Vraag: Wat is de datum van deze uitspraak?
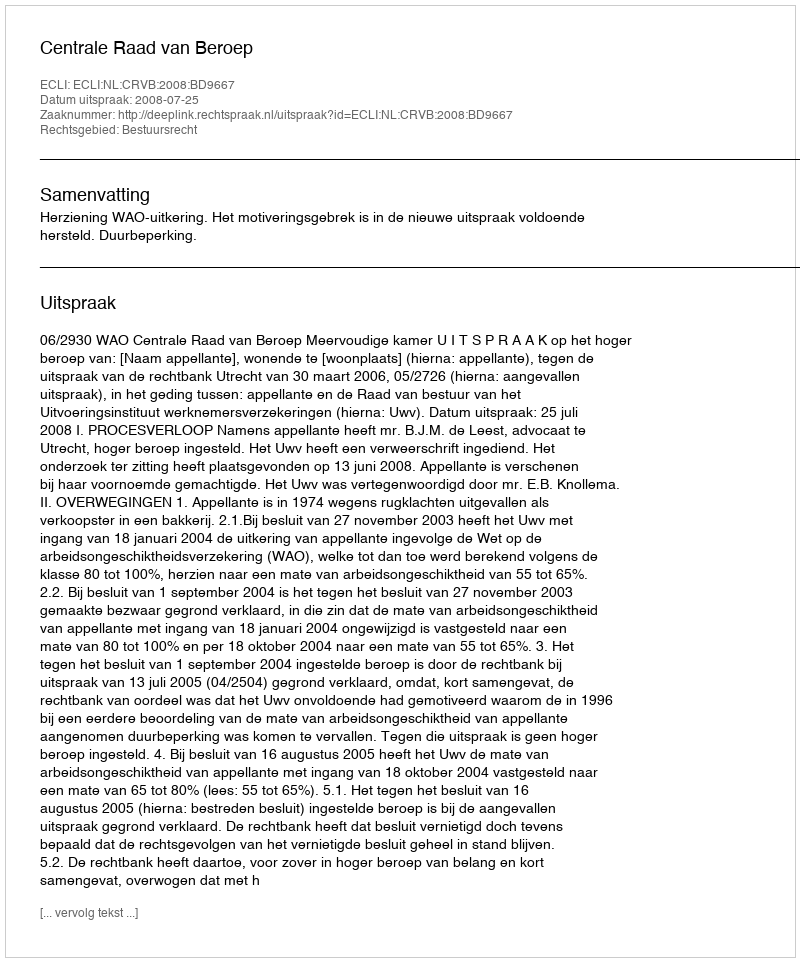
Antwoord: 2008-07-25